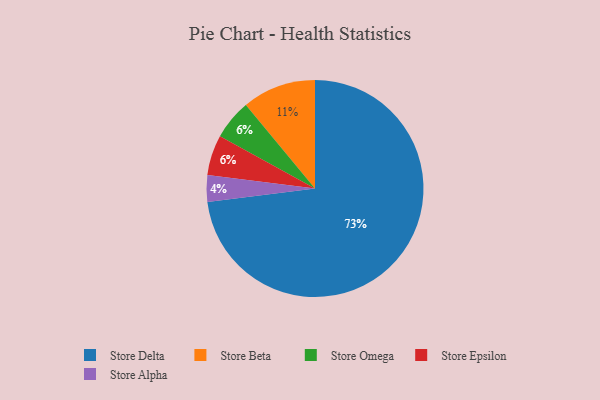
{"axis": {"x": "Category", "y": "Percentage"}, "legend": ["Store Alpha", "Store Beta", "Store Delta", "Store Epsilon", "Store Omega"], "data": [{"x": "Store Delta", "y": 73, "type": "Store Delta"}, {"x": "Store Beta", "y": 11, "type": "Store Beta"}, {"x": "Store Alpha", "y": 4, "type": "Store Alpha"}, {"x": "Store Omega", "y": 6, "type": "Store Omega"}, {"x": "Store Epsilon", "y": 6, "type": "Store Epsilon"}]}